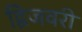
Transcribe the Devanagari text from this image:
द्विजवरी